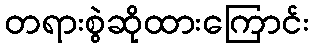
တရားစွဲဆိုထားကြောင်း